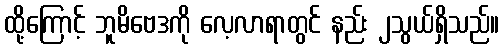
ထို့ကြောင့် ဘူမိဗေဒကို လေ့လာရာတွင် နည်း ၂သွယ်ရှိသည်။